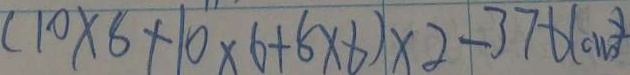
( 1 0 \times 8 + 1 0 \times 6 + 5 \times 6 ) \times 2 - 3 7 6 ( c m ^ { 2 } )